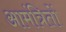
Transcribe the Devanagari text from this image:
आमंत्रितों